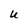
Character: U